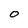
Character: O